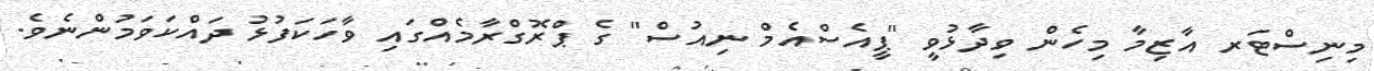
މިނިސްޓަރ އާޒިމާ މިހެން ވިދާޅުވީ "ޕީއެސްއެމް ނިއުސް" ގެ ޕްރޮގްރާމެއްގައި ވާހަކަފުޅު ދައްކަވަމުންނެވެ.